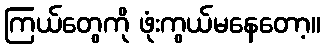
ကြယ်တွေကို ဖုံးကွယ်မနေတော့။